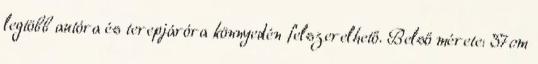
legtöbb autóra és terepjáróra könnyedén felszerelhető. Belső mérete: 37cm